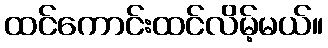
ထင်ကောင်းထင်လိမ့်မယ်။